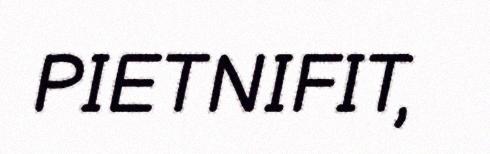
PIETNIFIT,